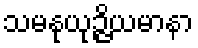
သမနုယုဉ္ဇိယမာနာ